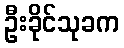
ဦးခိုင်သုခက